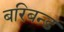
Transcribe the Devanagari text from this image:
बरिबन्ड